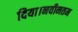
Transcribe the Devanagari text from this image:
दिया।नवीनतम